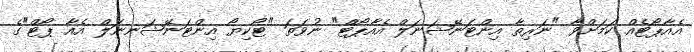
އެއާޕޯޓެއް ކަމަށްވާ "ނަރިތާ އިންޓަނޭޝަނަލް އެއާޕޯޓް" ނުވަތަ "ޓޯކިޔޯ އިންޓަނޭޝަނނަލް އެއާ ޕޯޓް"ގެ